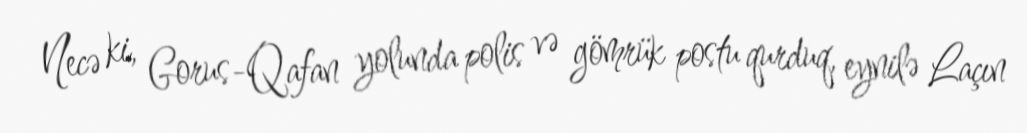
Necə ki, Gorus-Qafan yolunda polis və gömrük postu qurduq, eynilə Laçın